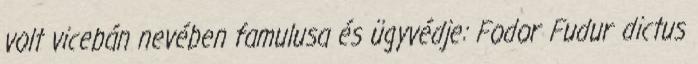
volt vicebán nevében famulusa és ügyvédje: Fodor Fudur dictus